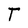
Character: T